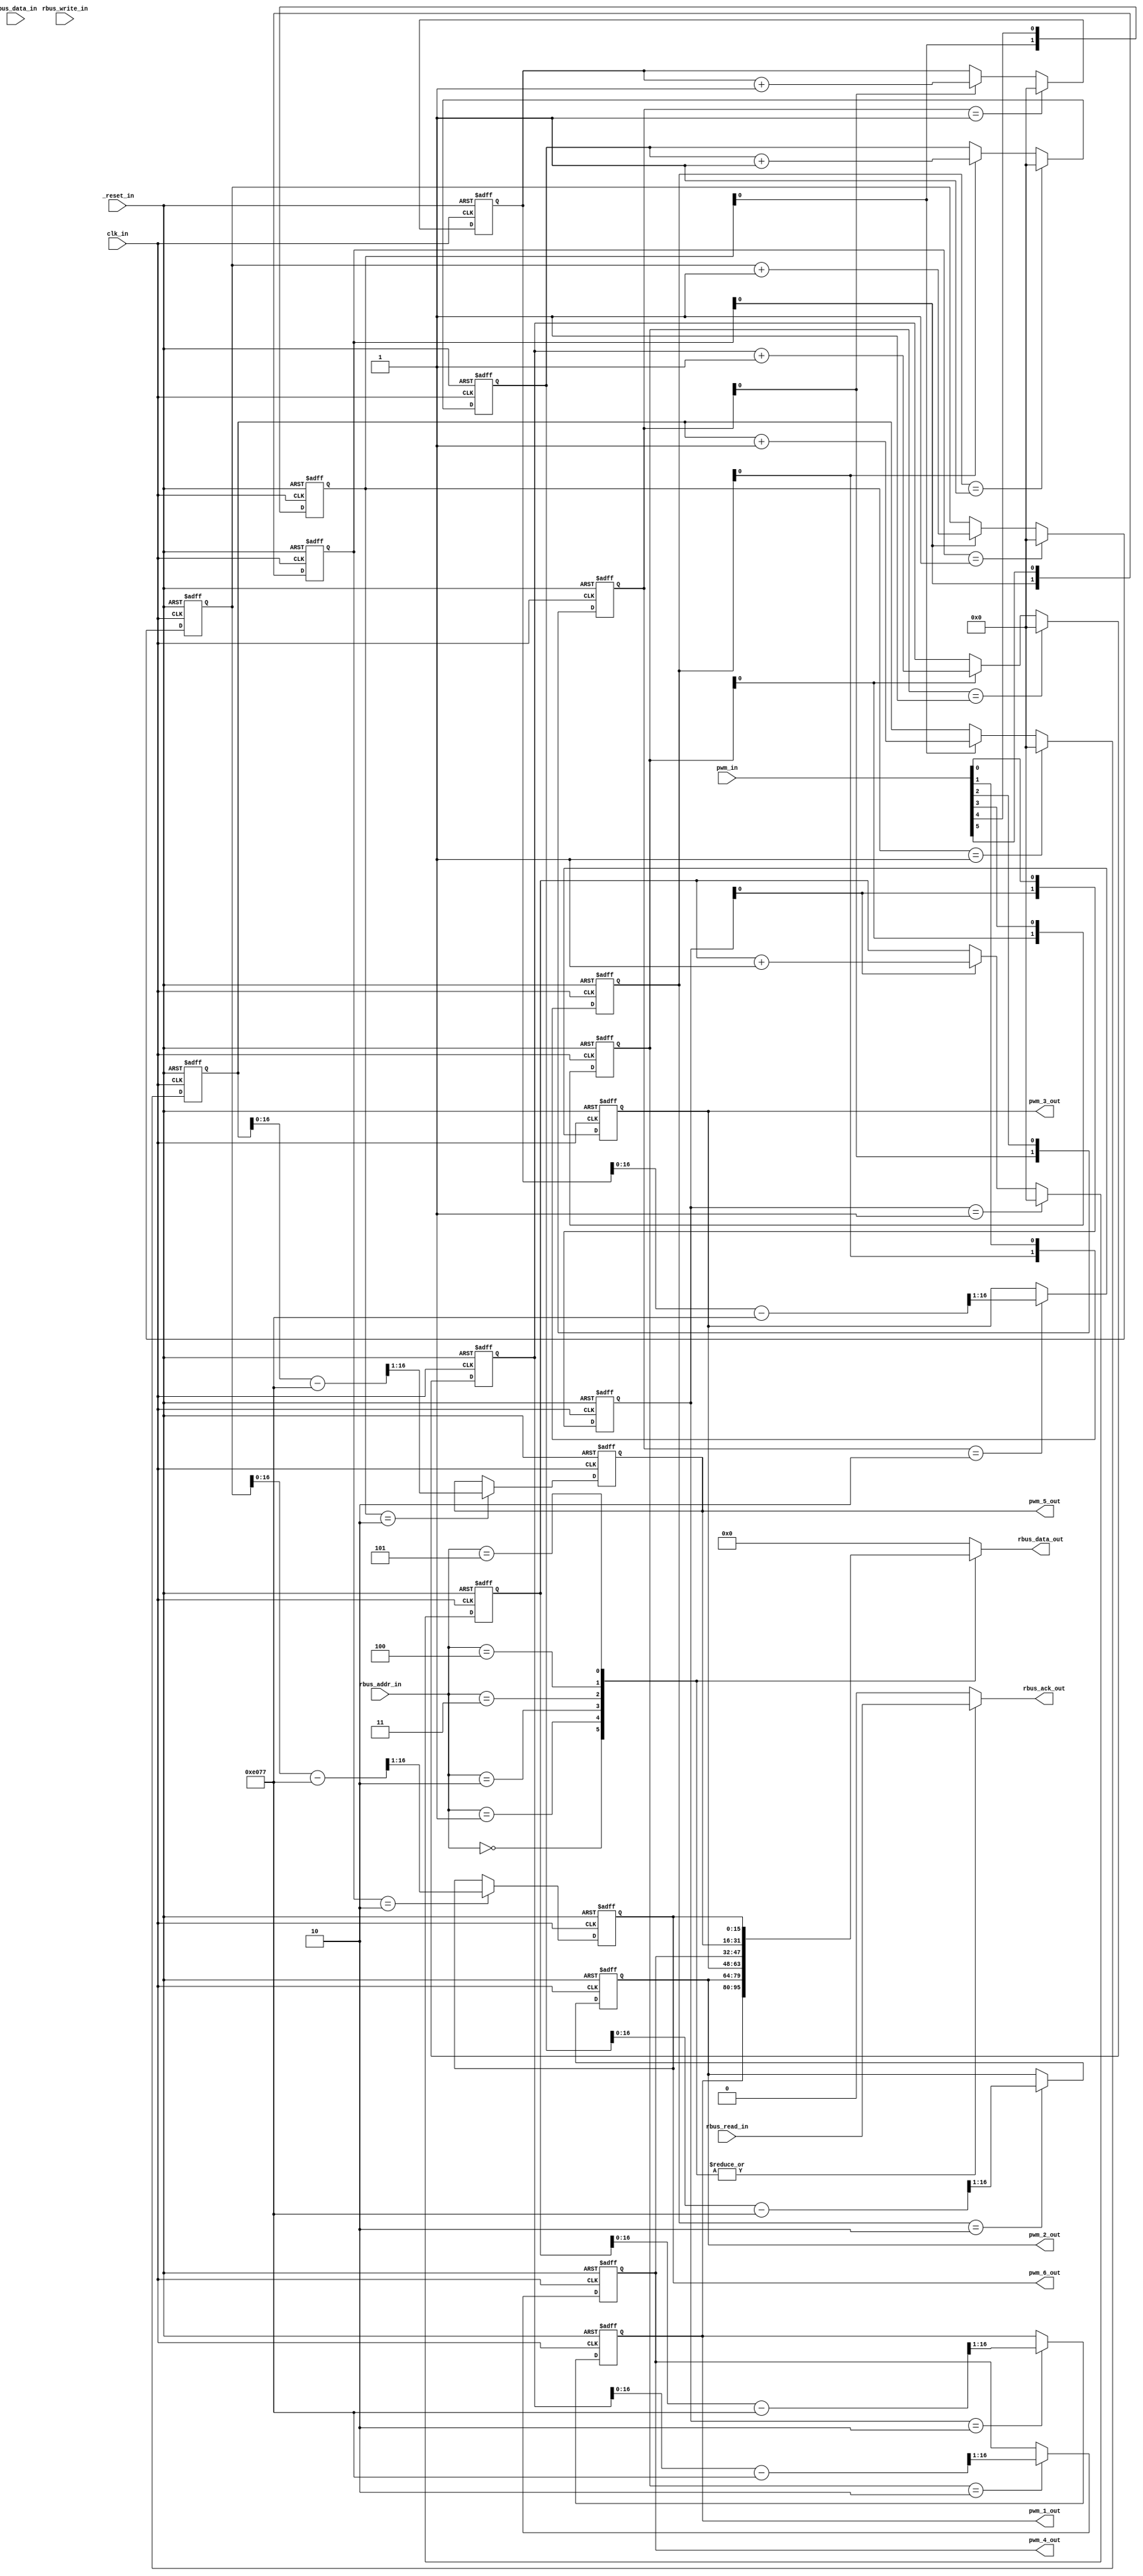


module fcl_rc_remote
	//------------------------------------------------------
	//--				External Parameters			 	  --
	//------------------------------------------------------
#(
	parameter	integer						INPUT_CLOCK_SPEED = 125000000,
	parameter	integer						RBUS_ADDR_WIDTH = 16,
	parameter	integer						RBUS_DATA_WIDTH = 16,
	parameter	integer						RBUS_OFFSET = 0
)
	
	//------------------------------------------------------
	//--					Ports					 	  --
	//------------------------------------------------------
(
	// System Signals
    input 	wire			_reset_in,
    input 	wire			clk_in,
	
	
	input 	wire			[5:0]			pwm_in,
	output 	reg		signed	[15:0]			pwm_1_out,
	output 	reg		signed	[15:0]			pwm_2_out,
	output 	reg		signed	[15:0]			pwm_3_out,
	output 	reg		signed	[15:0]			pwm_4_out,
	output 	reg		signed	[15:0]			pwm_5_out,
	output 	reg		signed	[15:0]			pwm_6_out,

	// RBUS Signals (debug only)
	output	reg  	[(RBUS_DATA_WIDTH-1):0] rbus_data_out,
	input	wire  	[(RBUS_DATA_WIDTH-1):0] rbus_data_in,
	input	wire  	[(RBUS_ADDR_WIDTH-1):0] rbus_addr_in,
	input 	wire 							rbus_read_in,
	input 	wire 							rbus_write_in,
	output	reg 							rbus_ack_out
);

	// These values have been determined experimentally using the AR6200 and DX6i 
	// They should give a 16bit signed int, with a max of around 25600 and a min of around -25600
	// Always assume lots of noise on this value AND that its min and max values could change
	
	localparam	integer	SERVO_CENTRE_COUNT = (INPUT_CLOCK_SPEED / 663) - 1;	// 188536
	localparam	integer	CMD_COUNT_W = 1 + clogb2(SERVO_CENTRE_COUNT);
	localparam	integer	SCALE_SHIFT = 1;
	
	reg 	[1:0]					pwm_1_buf;
	reg 	[1:0]					pwm_2_buf;
	reg 	[1:0]					pwm_3_buf;
	reg 	[1:0]					pwm_4_buf;
	reg 	[1:0]					pwm_5_buf;
	reg 	[1:0]					pwm_6_buf;
	reg		[(CMD_COUNT_W-1):0]		con_timer_1;
	reg		[(CMD_COUNT_W-1):0]		con_timer_2;
	reg		[(CMD_COUNT_W-1):0]		con_timer_3;
	reg		[(CMD_COUNT_W-1):0]		con_timer_4;
	reg		[(CMD_COUNT_W-1):0]		con_timer_5;
	reg		[(CMD_COUNT_W-1):0]		con_timer_6;
	
	always @(posedge clk_in or negedge _reset_in) begin
        if (!_reset_in) begin
			pwm_1_buf <= 2'b10;
			pwm_2_buf <= 2'b10;
			pwm_3_buf <= 2'b10;
			pwm_4_buf <= 2'b10;
			pwm_5_buf <= 2'b10;
			pwm_6_buf <= 2'b10;
            con_timer_1 <= {CMD_COUNT_W{1'b0}};
            con_timer_2 <= {CMD_COUNT_W{1'b0}};
            con_timer_3 <= {CMD_COUNT_W{1'b0}};
            con_timer_4 <= {CMD_COUNT_W{1'b0}};
            con_timer_5 <= {CMD_COUNT_W{1'b0}};
            con_timer_6 <= {CMD_COUNT_W{1'b0}};
            pwm_1_out <= {16{1'b0}};
            pwm_2_out <= {16{1'b0}};
            pwm_3_out <= {16{1'b0}};
            pwm_4_out <= {16{1'b0}};
            pwm_5_out <= {16{1'b0}};
            pwm_6_out <= {16{1'b0}};
        end 
		else begin
			pwm_1_buf[1:0] <= {pwm_1_buf[0], pwm_in[0]};
			pwm_2_buf[1:0] <= {pwm_2_buf[0], pwm_in[1]};
			pwm_3_buf[1:0] <= {pwm_3_buf[0], pwm_in[2]};
			pwm_4_buf[1:0] <= {pwm_4_buf[0], pwm_in[3]};
			pwm_5_buf[1:0] <= {pwm_5_buf[0], pwm_in[4]};
			pwm_6_buf[1:0] <= {pwm_6_buf[0], pwm_in[5]};
					
			if (pwm_1_buf == 2'b01) begin
				con_timer_1 <= {CMD_COUNT_W{1'b0}};
			end
			else if (pwm_1_buf[0]) begin
				con_timer_1 <= con_timer_1 + 1'b1;
			end
			if (pwm_1_buf == 2'b10) begin
				pwm_1_out <= ((con_timer_1 - SERVO_CENTRE_COUNT) >>> SCALE_SHIFT);
			end
			
			if (pwm_2_buf == 2'b01) begin
				con_timer_2 <= {CMD_COUNT_W{1'b0}};
			end
			else if (pwm_2_buf[0]) begin
				con_timer_2 <= con_timer_2 + 1'b1;
			end
			if (pwm_2_buf == 2'b10) begin
				pwm_2_out <= ((con_timer_2 - SERVO_CENTRE_COUNT) >>> SCALE_SHIFT);
			end

			if (pwm_3_buf == 2'b01) begin
				con_timer_3 <= {CMD_COUNT_W{1'b0}};
			end
			else if (pwm_3_buf[0]) begin
				con_timer_3 <= con_timer_3 + 1'b1;
			end
			if (pwm_3_buf == 2'b10) begin
				pwm_3_out <= ((con_timer_3 - SERVO_CENTRE_COUNT) >>> SCALE_SHIFT);
			end
			
			if (pwm_4_buf == 2'b01) begin
				con_timer_4 <= {CMD_COUNT_W{1'b0}};
			end
			else if (pwm_4_buf[0]) begin
				con_timer_4 <= con_timer_4 + 1'b1;
			end
			if (pwm_4_buf == 2'b10) begin
				pwm_4_out <= ((con_timer_4 - SERVO_CENTRE_COUNT) >>> SCALE_SHIFT);
			end
			
			if (pwm_5_buf == 2'b01) begin
				con_timer_5 <= {CMD_COUNT_W{1'b0}};
			end
			else if (pwm_5_buf[0]) begin
				con_timer_5 <= con_timer_5 + 1'b1;
			end
			if (pwm_5_buf == 2'b10) begin
				pwm_5_out <= ((con_timer_5 - SERVO_CENTRE_COUNT) >>> SCALE_SHIFT);
			end
			
			if (pwm_6_buf == 2'b01) begin
				con_timer_6 <= {CMD_COUNT_W{1'b0}};
			end
			else if (pwm_6_buf[0]) begin
				con_timer_6 <= con_timer_6 + 1'b1;
			end
			if (pwm_6_buf == 2'b10) begin
				pwm_6_out <= ((con_timer_6 - SERVO_CENTRE_COUNT) >>> SCALE_SHIFT);
			end
		end
	end

	
	always @(*) begin //Start a combinational address mux
		casez (rbus_addr_in)
			RBUS_OFFSET + 'h00 : begin
				rbus_data_out	= pwm_1_out;
				rbus_ack_out	= rbus_read_in; 
			end
			RBUS_OFFSET + 'h01 : begin
				rbus_data_out	= pwm_2_out;
				rbus_ack_out	= rbus_read_in; 
			end
			RBUS_OFFSET + 'h02 : begin
				rbus_data_out	= pwm_3_out;
				rbus_ack_out	= rbus_read_in; 
			end
			RBUS_OFFSET + 'h03 : begin
				rbus_data_out	= pwm_4_out;
				rbus_ack_out	= rbus_read_in; 
			end
			RBUS_OFFSET + 'h04 : begin
				rbus_data_out	= pwm_5_out;
				rbus_ack_out	= rbus_read_in; 
			end
			RBUS_OFFSET + 'h05 : begin
				rbus_data_out	= pwm_6_out;
				rbus_ack_out	= rbus_read_in; 
			end
			
			default : begin
				rbus_data_out	= {RBUS_DATA_WIDTH{1'b0}};
				rbus_ack_out	= 1'b0;
			end
		endcase
	end

	
	function integer clogb2;input [31:0] value;
		for (clogb2=0; value>0; clogb2=clogb2+1)
		value = value>>1;
	endfunction

endmodule